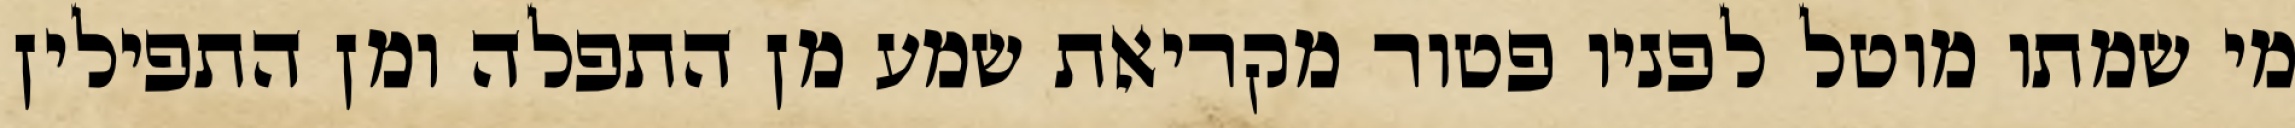
מי שמתו מוטל לפניו פטור מקריאת שמע מן התפלה ומן התפילין